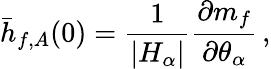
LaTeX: \bar{h}_{f,A}(0)={\frac{1}{|H_{\alpha}|}}{\frac{\partial m_{f}}{\partial\theta_{\alpha}}}\, ,